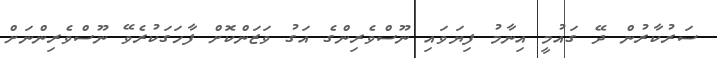
ސަރުކާރުން ދޭ ގައުމީ އިނާމު ފިޔަވައި ނޫސްވެރިންގެ އަގު ވަޒަންކޮށް ފާހަގަކުރެވޭ ނޫސްވެރިންނަށް